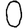
Digit: 0